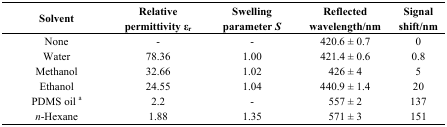
| Solvent | Relative permittivity ɛr | Swelling parameter S | Reflected wavelength/nm | Signal shift/nm |
 | --- | --- | --- | --- | --- |
 | None | - | - | 420.6 ± 0.7 | 0 |
 | Water | 78.36 | 1.00 | 421.4 ± 0.6 | 0.8 |
 | Methanol | 32.66 | 1.02 | 426 ± 4 | 5 |
 | Ethanol | 24.55 | 1.04 | 440.9 ± 1.4 | 20 |
 | PDMS oil a | 2.2 | - | 557 ± 2 | 137 |
 | n-Hexane | 1.88 | 1.35 | 571 ± 3 | 151 |